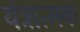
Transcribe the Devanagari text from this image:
यंत्रात्मक